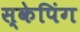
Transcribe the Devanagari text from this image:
स्केपिंग